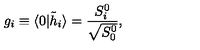
g _ { i } \equiv \langle 0 \vert { \tilde { h } } _ { i } \rangle = { \frac { S _ { i } ^ { 0 } } { \sqrt { S _ { 0 } ^ { 0 } } } } ,